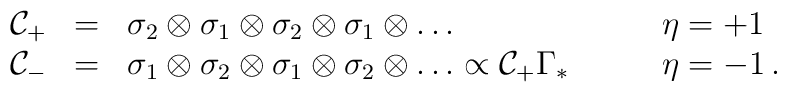
\begin{array}{rcll} {\cal C}_+&=& \sigma_2\otimes\sigma_1\otimes \sigma_2 \otimes \sigma_1\otimes \ldots\qquad&\eta =+1\nonumber\\{\cal C}_-&=&  \sigma_1\otimes \sigma_2 \otimes \sigma_1\otimes\sigma_2\otimes \ldots \propto {\cal C}_+ \Gamma_*\qquad&\eta =-1 \,.\end{array}